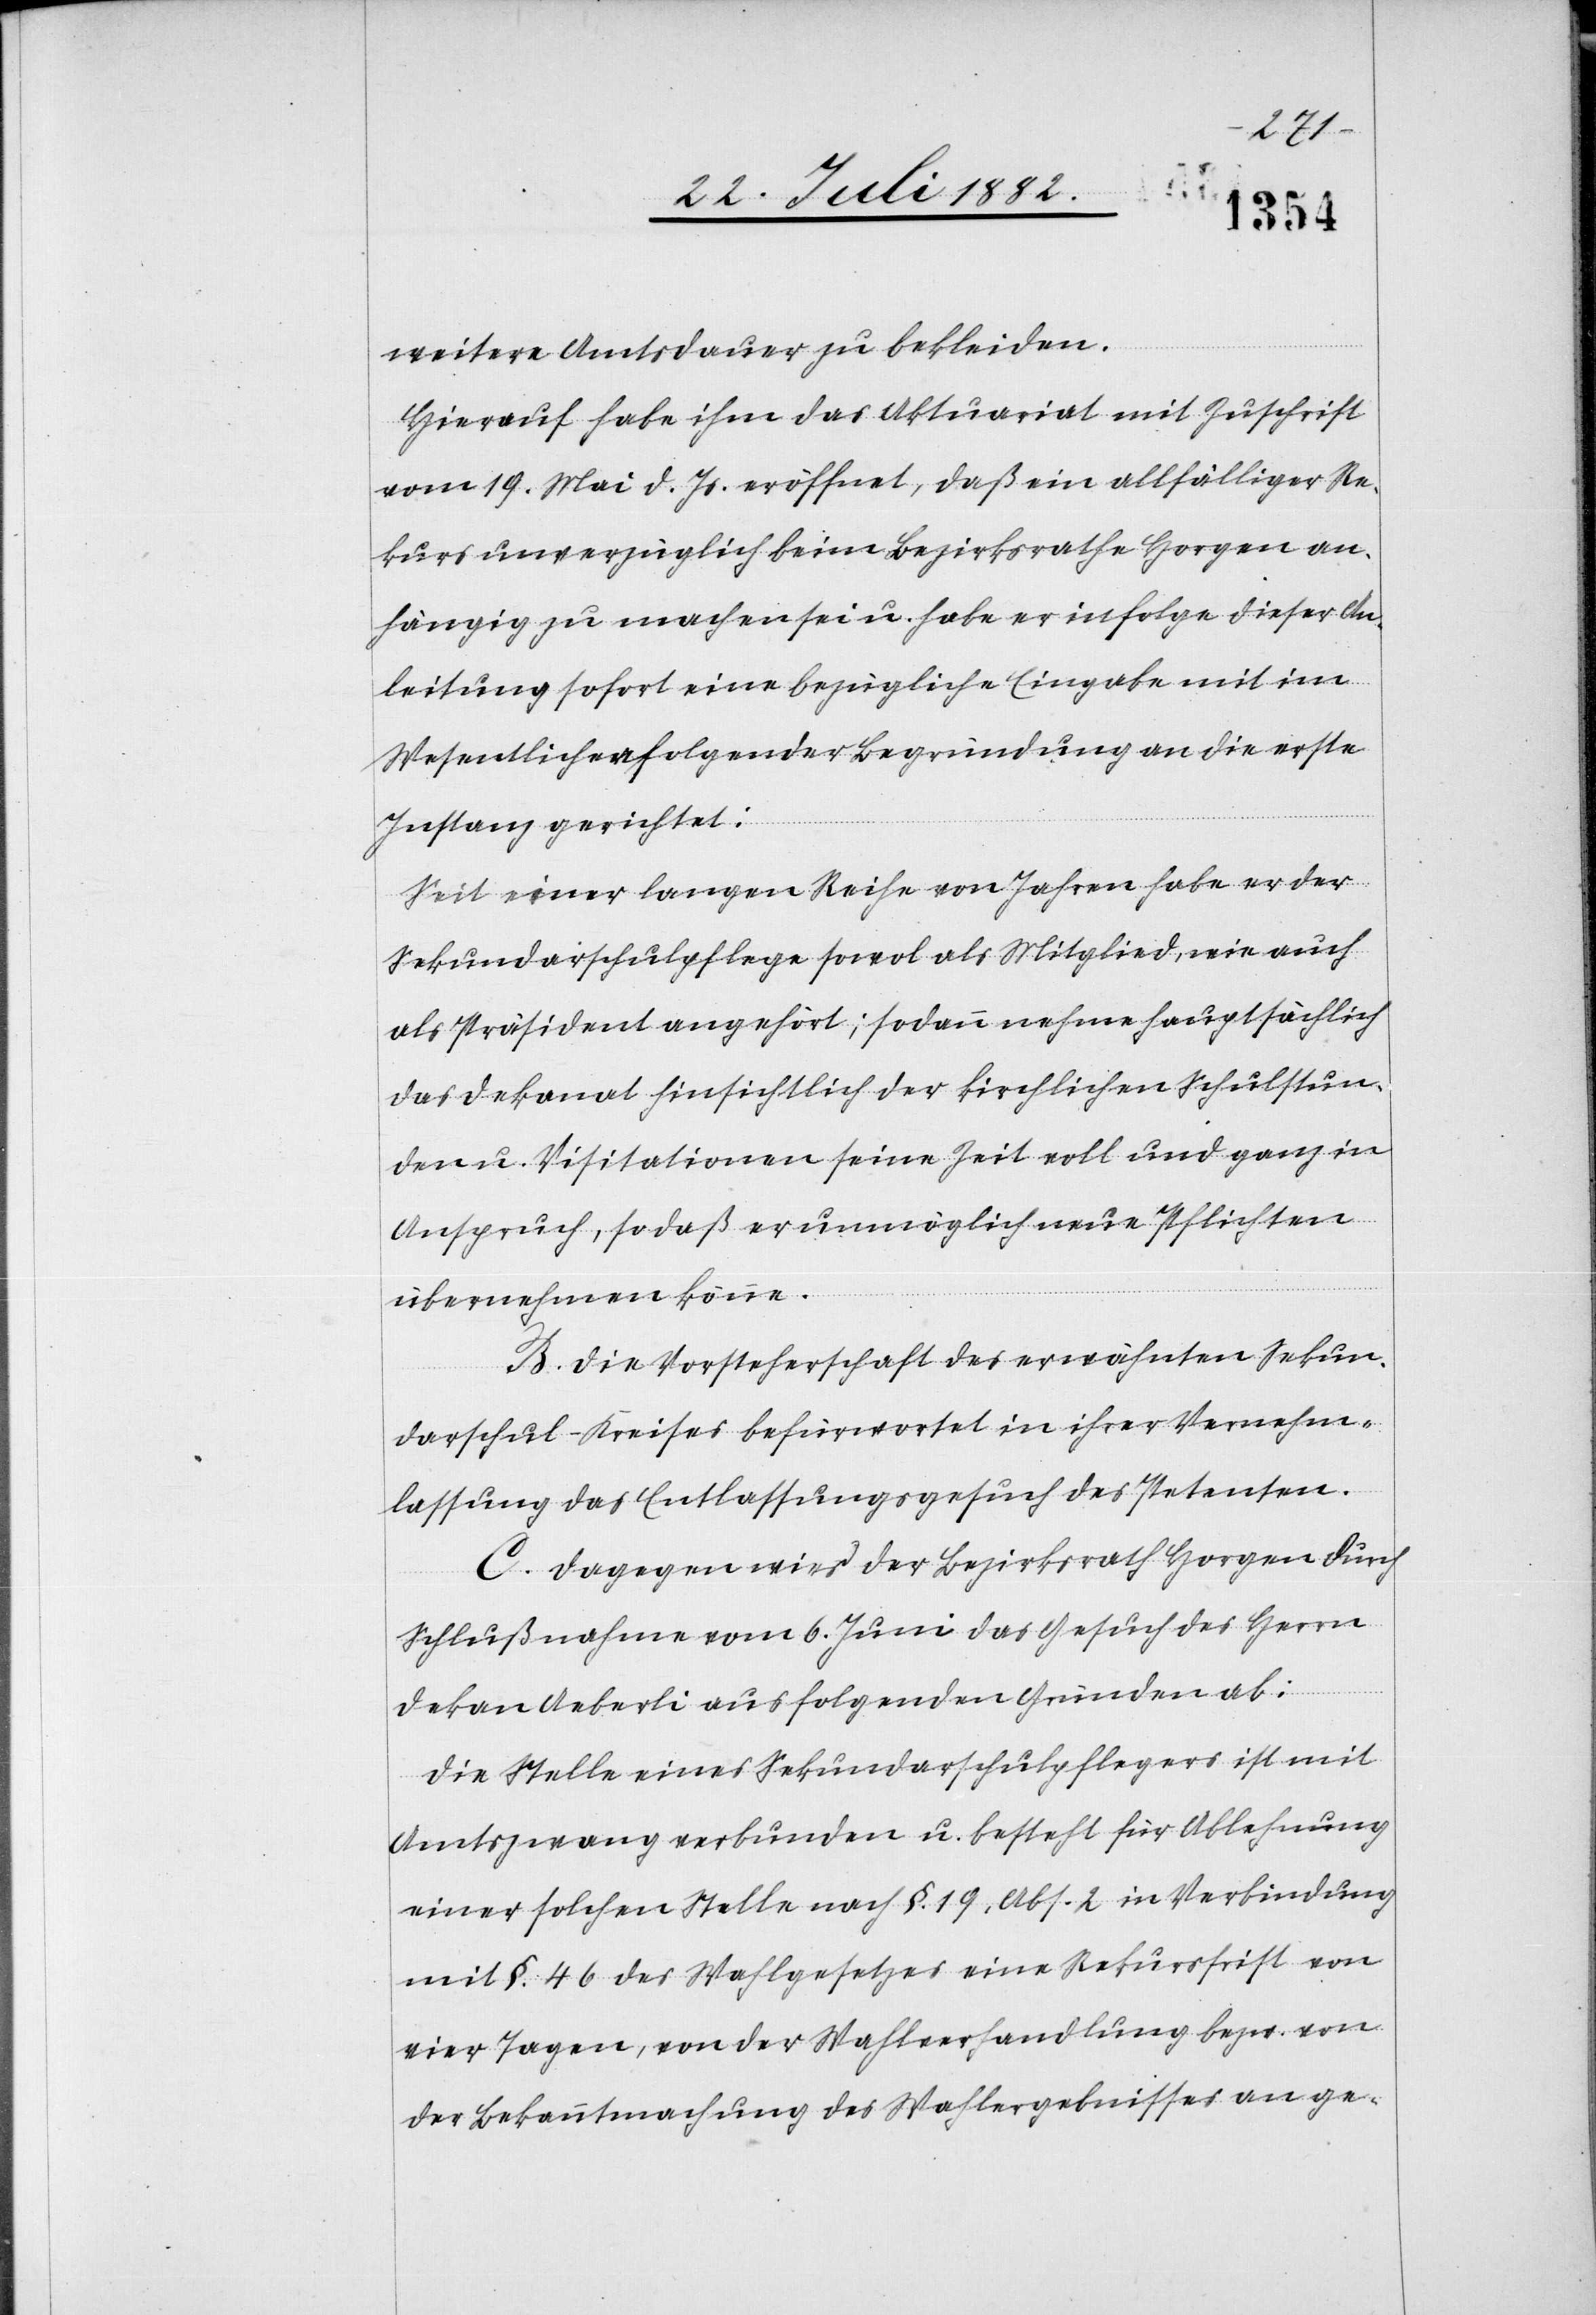
weitere Amtsdauer zu bekleiden.
Hierauf habe ihm das Aktuariat mit Zuschrift
vom 19. Mai d. Js. eröffnet, daß ein allfälliger Re¬
kurs unverzüglich beim Bezirksrathe Horgen an¬
hängig zu machen sei u. habe er infolge dieser An¬
leitung sofort eine bezügliche Eingabe mit im
Wesentlichen folgender Begründung an die erste
Instanz gerichtet:
Seit einer langen Reihe von Jahren habe er der
Sekundarschulpflege sowol als Mitglied, wie auch
als Präsident angehört; sodann nehme hauptsächlich
das Dekanat hinsichtlich der kirchlichen Schulstun¬
den u. Visitationen seine Zeit voll und ganz in
Anspruch, sodaß er unmöglich neue Pflichten
übernehmen könne.
B. Die Vorsteherschaft des erwähnten Sekun¬
darschul-Kreises befürwortete in ihrer Vernehm¬
lassung das Entlassungsgesuch des Petenten.
C. Dagegen wies der Bezirksrath Horgen durch
Schlußnahme vom 6. Juni das Gesuch des Herrn
Dekan Aeberli aus folgenden Gründen ab:
Die Stelle eines Sekundarschulpflegers ist mit
Amtszwang verbunden u. besteht für Ablehnung
einer solchen Stelle nach §. 19, Abs. 2 in Verbindung
mit §. 46 des Wahlgesetzes eine Rekursfrist von
vier Tagen, von der Wahlverhandlung bezw. von
der Bekanntmachung des Wahlergebnisses an ge-